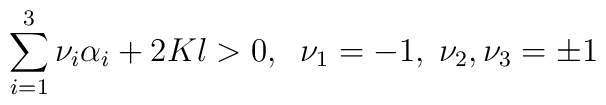
\sum_{i=1}^{3}\nu_{i}\alpha_{i}+2Kl>0,\;\;\nu_{1}=-1,\;\nu_{2},\nu_{3}=\pm 1